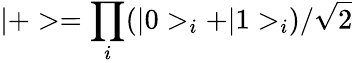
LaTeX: |+>=\prod_{i}(|0>_{i}+|1>_{i})/\sqrt{2}